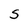
Character: S